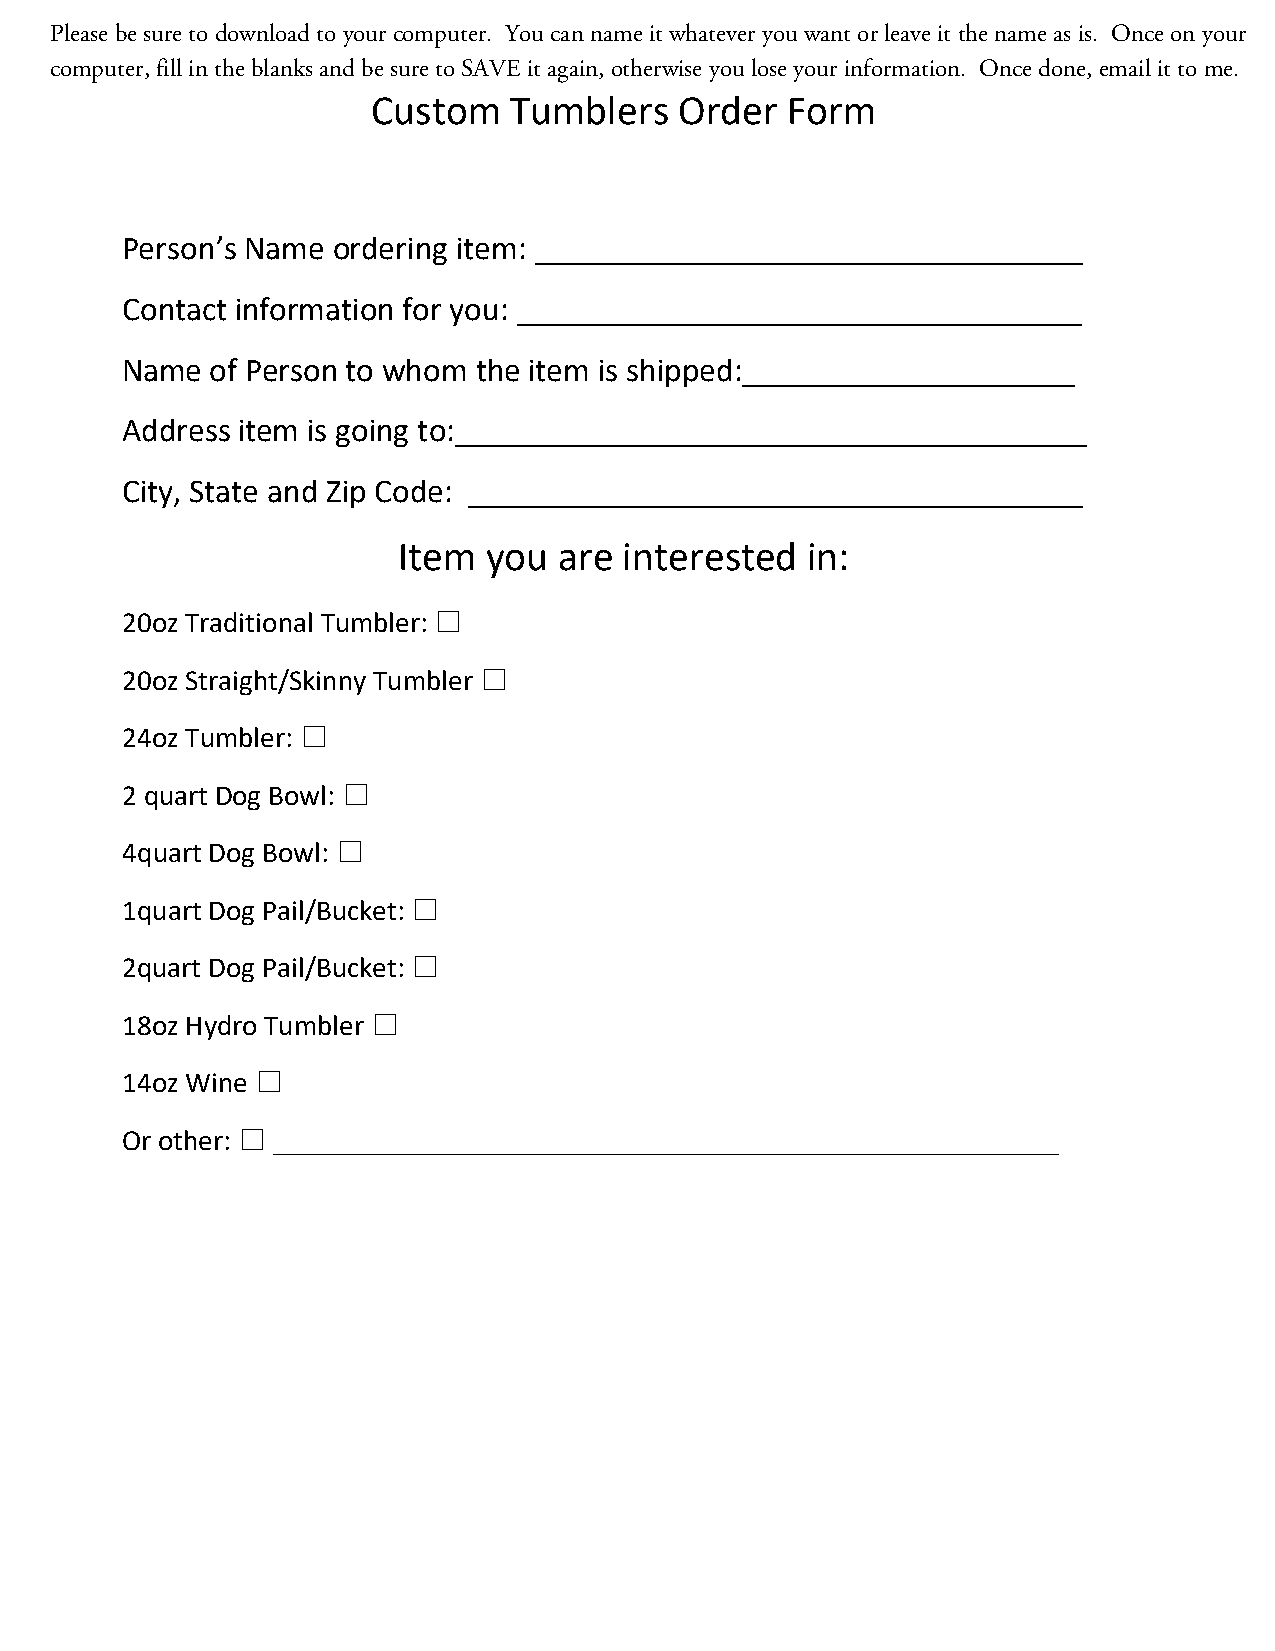
Custom   Tumblers   Order  Form
 Person’s Name ordering item: _________________________________
 Contact information for you: __________________________________
 Name  of Person to whom the item is shipped:____________________
 Address item is going to:______________________________________
 City, State and Zip Code: _____________________________________
 Item  you  are interested  in:
 20oz Traditional Tumbler: ☐
 20oz Straight/Skinny Tumbler ☐
 24oz Tumbler: ☐
 2 quart Dog Bowl: ☐
 4quart Dog Bowl: ☐
 1quart Dog Pail/Bucket: ☐
 2quart Dog Pail/Bucket: ☐
 18oz Hydro Tumbler ☐
 14oz Wine ☐
 Or other: ☐ ______________________________________________________